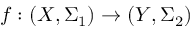
f : ( X , \Sigma _ { 1 } ) \to ( Y , \Sigma _ { 2 } )